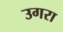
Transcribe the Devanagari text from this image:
उगरा